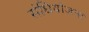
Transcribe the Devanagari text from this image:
संधियोजना